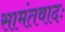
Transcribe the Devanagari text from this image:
सामंतवादः